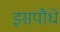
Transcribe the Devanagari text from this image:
इसपौधे